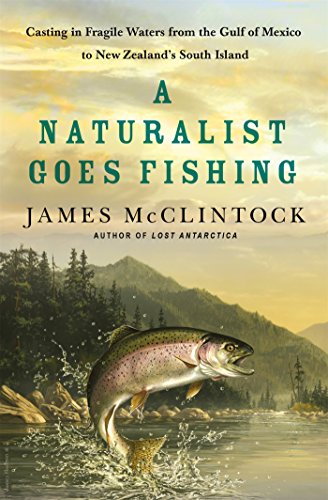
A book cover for A Naturalist Goes Fishing: Casting in Fragile Waters from the Gulf of Mexico to New Zealand's South Island; James McClintock; Sports & Outdoors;